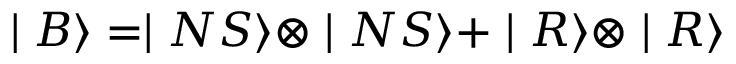
\mid B \rangle = \mid N S \rangle \otimes \mid N S \rangle + \mid R \rangle \otimes \mid R \rangle